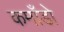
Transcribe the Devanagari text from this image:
कमाँडो